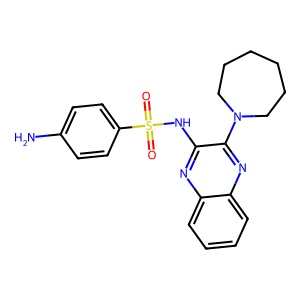
SMILES: Nc1ccc(S(=O)(=O)Nc2nc3ccccc3nc2N2CCCCCC2)cc1
Inhibits HIV replication: No